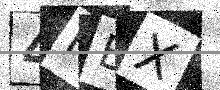
Text: 4RBX